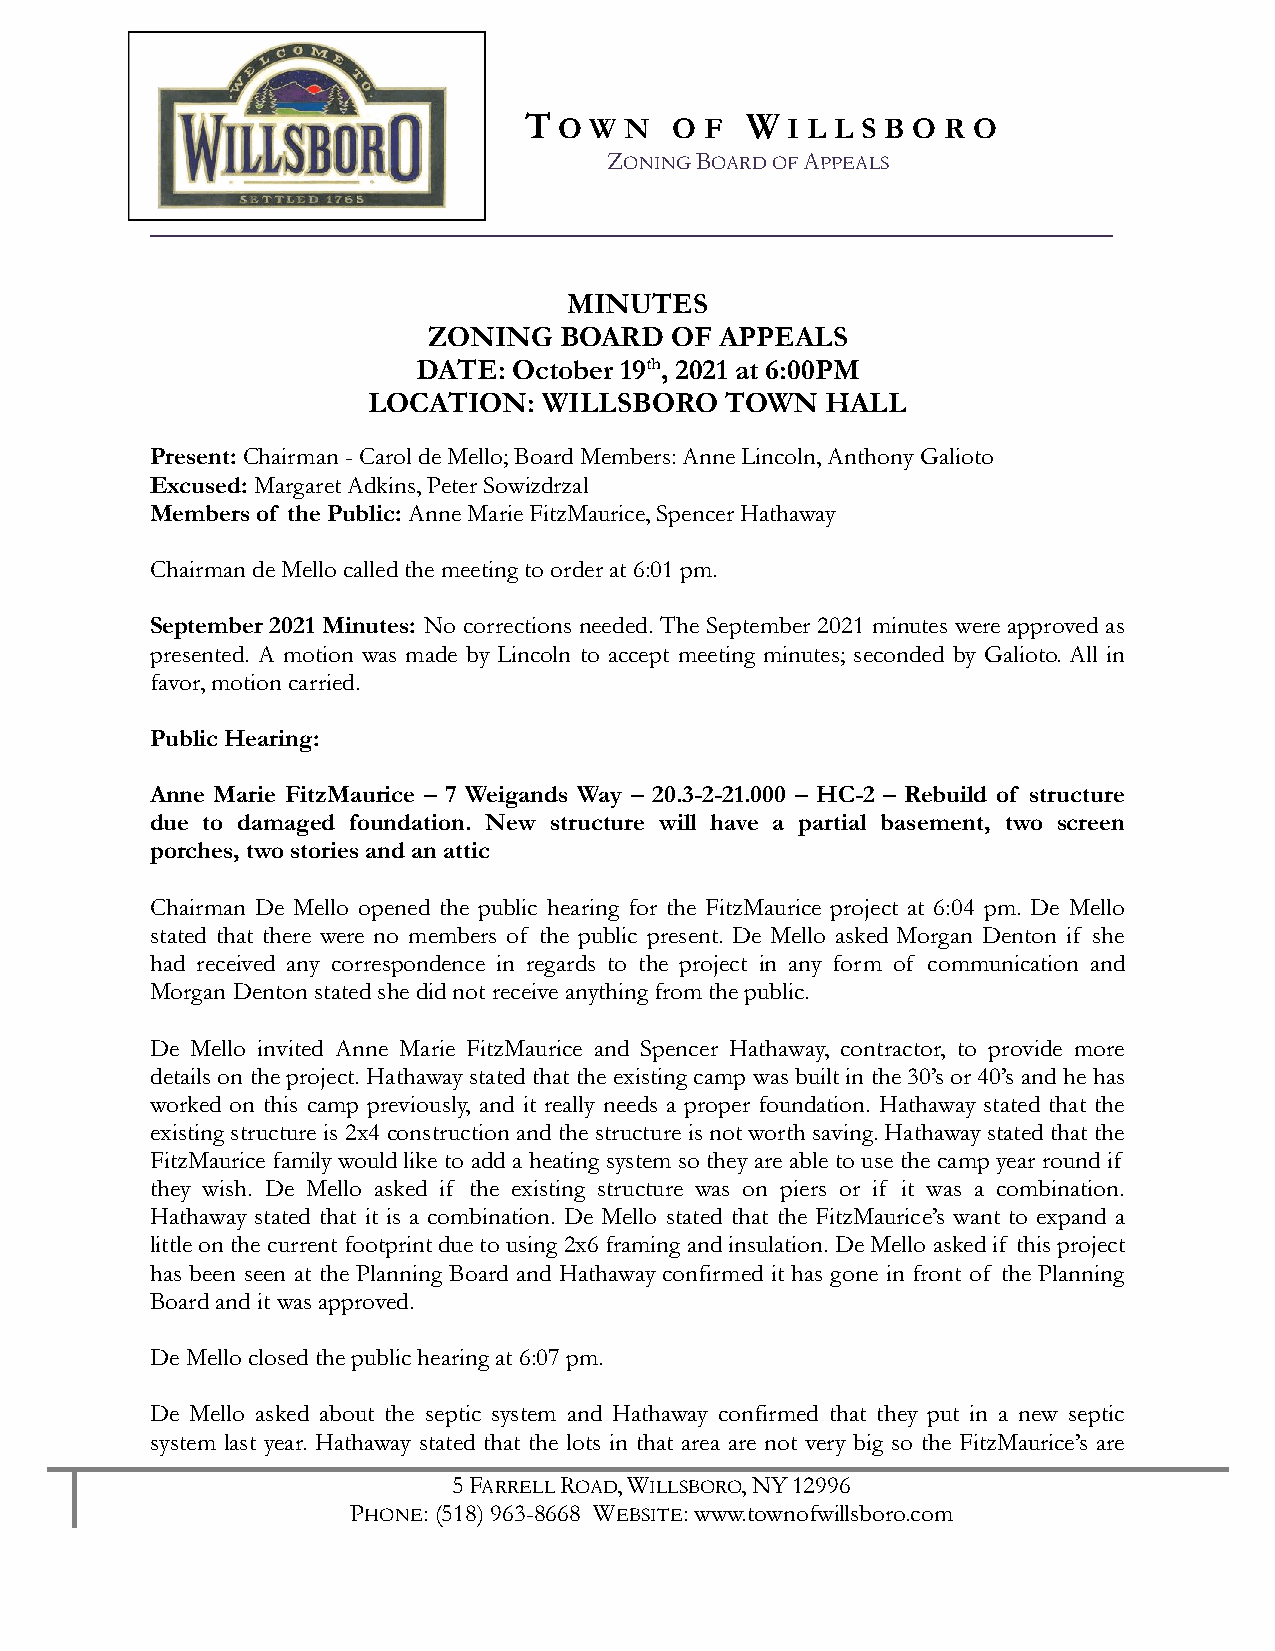
T O W N   O F W  I L L S B O R O
 ZONING BOARD OF APPEALS
 __________________________________________________________________
 MINUTES
 ZONING   BOARD  OF  APPEALS
 DATE: October 19th, 2021 at 6:00PM
 LOCATION:   WILLSBORO   TOWN   HALL
 Present: Chairman - Carol de Mello; Board Members: Anne Lincoln, Anthony Galioto
 Excused: Margaret Adkins, Peter Sowizdrzal
 Members of the Public: Anne Marie FitzMaurice, Spencer Hathaway
 Chairman de Mello called the meeting to order at 6:01 pm.
 September 2021 Minutes: No corrections needed. The September 2021 minutes were approved as
 presented. A motion was made by Lincoln to accept meeting minutes; seconded by Galioto. All in
 favor, motion carried.
 Public Hearing:
 Anne Marie FitzMaurice – 7 Weigands Way – 20.3-2-21.000 – HC-2 – Rebuild of structure
 due to damaged foundation. New structure will have a partial basement, two screen
 porches, two stories and an attic
 Chairman De Mello opened the public hearing for the FitzMaurice project at 6:04 pm. De Mello
 stated that there were no members of the public present. De Mello asked Morgan Denton if she
 had received any correspondence in regards to the project in any form of communication and
 Morgan Denton stated she did not receive anything from the public.
 De Mello invited Anne Marie FitzMaurice and Spencer Hathaway, contractor, to provide more
 details on the project. Hathaway stated that the existing camp was built in the 30’s or 40’s and he has
 worked on this camp previously, and it really needs a proper foundation. Hathaway stated that the
 existing structure is 2x4 construction and the structure is not worth saving. Hathaway stated that the
 FitzMaurice family would like to add a heating system so they are able to use the camp year round if
 they wish. De Mello asked if the existing structure was on piers or if it was a combination.
 Hathaway stated that it is a combination. De Mello stated that the FitzMaurice’s want to expand a
 little on the current footprint due to using 2x6 framing and insulation. De Mello asked if this project
 has been seen at the Planning Board and Hathaway confirmed it has gone in front of the Planning
 Board and it was approved.
 De Mello closed the public hearing at 6:07 pm.
 De Mello asked about the septic system and Hathaway confirmed that they put in a new septic
 system last year. Hathaway stated that the lots in that area are not very big so the FitzMaurice’s are
 5 FARRELL ROAD, WILLSBORO, NY 12996
 PHONE: (518) 963-8668 WEBSITE: www.townofwillsboro.com